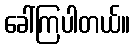
ခေါ်ကြပါတယ်။